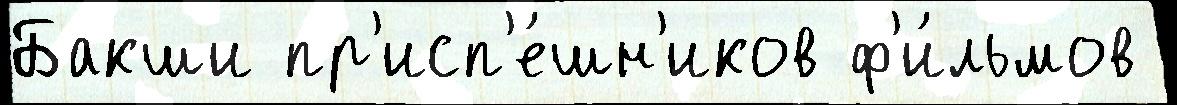
Бакши пр'исп'е́шн'иков ф'и́льмов